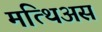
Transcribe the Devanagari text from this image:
मत्थिअस